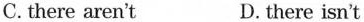
C.there aren't D.there isn't